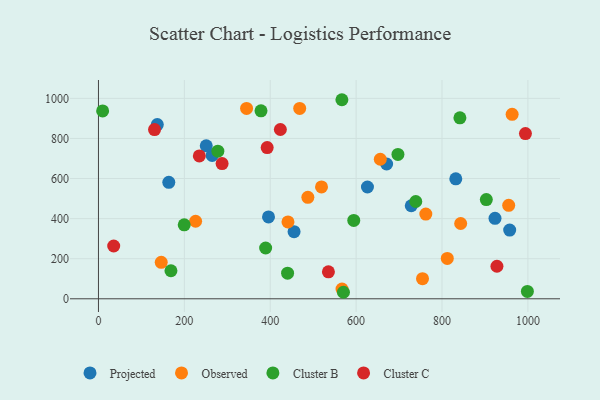
{"axis": {"x": "Price", "y": "Salary"}, "legend": ["Cluster B", "Cluster C", "Observed", "Projected"], "data": [{"x": "923.4", "y": 401.7, "type": "Projected"}, {"x": "163.8", "y": 581.3, "type": "Projected"}, {"x": "728.4", "y": 464.3, "type": "Projected"}, {"x": "832.1", "y": 598.5, "type": "Projected"}, {"x": "137.0", "y": 869.1, "type": "Projected"}, {"x": "455.5", "y": 335.1, "type": "Projected"}, {"x": "671.0", "y": 672.4, "type": "Projected"}, {"x": "396.0", "y": 408.2, "type": "Projected"}, {"x": "626.4", "y": 557.7, "type": "Projected"}, {"x": "264.8", "y": 715.1, "type": "Projected"}, {"x": "957.6", "y": 342.6, "type": "Projected"}, {"x": "251.0", "y": 763.3, "type": "Projected"}, {"x": "812.3", "y": 201.2, "type": "Observed"}, {"x": "344.9", "y": 949.9, "type": "Observed"}, {"x": "656.3", "y": 696.1, "type": "Observed"}, {"x": "754.6", "y": 100.6, "type": "Observed"}, {"x": "487.6", "y": 506.3, "type": "Observed"}, {"x": "567.2", "y": 48.5, "type": "Observed"}, {"x": "146.2", "y": 182.1, "type": "Observed"}, {"x": "441.3", "y": 383.6, "type": "Observed"}, {"x": "519.4", "y": 558.0, "type": "Observed"}, {"x": "963.3", "y": 920.4, "type": "Observed"}, {"x": "468.6", "y": 949.8, "type": "Observed"}, {"x": "955.3", "y": 466.5, "type": "Observed"}, {"x": "843.5", "y": 375.6, "type": "Observed"}, {"x": "762.3", "y": 422.5, "type": "Observed"}, {"x": "226.2", "y": 386.9, "type": "Observed"}, {"x": "697.4", "y": 720.1, "type": "Cluster B"}, {"x": "566.9", "y": 993.2, "type": "Cluster B"}, {"x": "168.8", "y": 139.8, "type": "Cluster B"}, {"x": "903.2", "y": 495.2, "type": "Cluster B"}, {"x": "278.0", "y": 736.6, "type": "Cluster B"}, {"x": "594.5", "y": 390.8, "type": "Cluster B"}, {"x": "389.3", "y": 253.5, "type": "Cluster B"}, {"x": "440.4", "y": 127.9, "type": "Cluster B"}, {"x": "378.5", "y": 937.8, "type": "Cluster B"}, {"x": "199.7", "y": 369.1, "type": "Cluster B"}, {"x": "738.9", "y": 485.4, "type": "Cluster B"}, {"x": "570.5", "y": 32.5, "type": "Cluster B"}, {"x": "9.7", "y": 937.4, "type": "Cluster B"}, {"x": "841.7", "y": 902.9, "type": "Cluster B"}, {"x": "998.8", "y": 36.7, "type": "Cluster B"}, {"x": "130.6", "y": 844.2, "type": "Cluster C"}, {"x": "392.9", "y": 754.4, "type": "Cluster C"}, {"x": "423.6", "y": 844.6, "type": "Cluster C"}, {"x": "994.3", "y": 824.4, "type": "Cluster C"}, {"x": "234.9", "y": 712.9, "type": "Cluster C"}, {"x": "35.5", "y": 263.5, "type": "Cluster C"}, {"x": "535.5", "y": 134.5, "type": "Cluster C"}, {"x": "927.9", "y": 162.3, "type": "Cluster C"}, {"x": "287.9", "y": 674.5, "type": "Cluster C"}]}